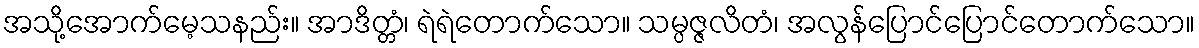
အသို့အောက်မေ့သနည်း။ အာဒိတ္တံ၊ ရဲရဲတောက်သော။ သမ္ပဇ္ဇလိတံ၊ အလွန်ပြောင်ပြောင်တောက်သော။